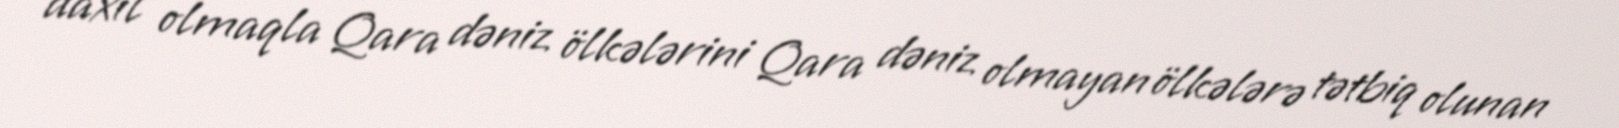
daxil olmaqla Qara dəniz ölkələrini Qara dəniz olmayan ölkələrə tətbiq olunan